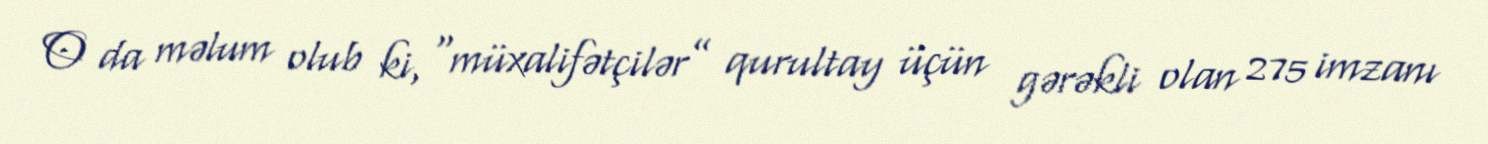
O da məlum olub ki, “müxalifətçilər” qurultay üçün gərəkli olan 275 imzanı